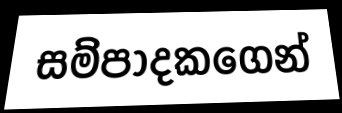
සම්පාදකගෙන්